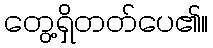
တွေ့ရှိတတ်ပေ၏။